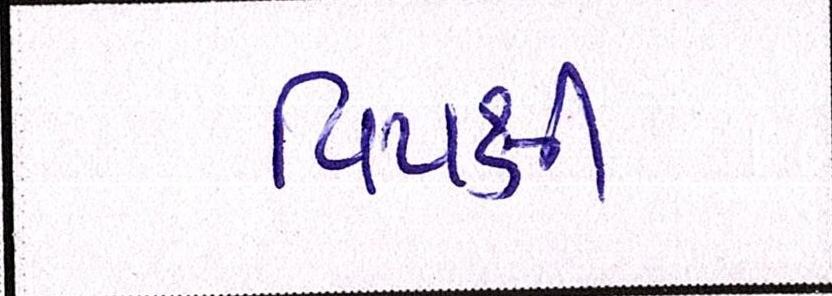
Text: વિપક્ષી